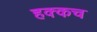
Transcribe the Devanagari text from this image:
हक्कच